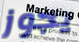
يجوز